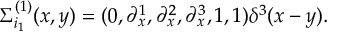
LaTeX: \Sigma _ { i _ { 1 } } ^ { ( 1 ) } ( x , y ) = ( 0 , \partial _ { x } ^ { 1 } , \partial _ { x } ^ { 2 } , \partial _ { x } ^ { 3 } , 1 , 1 ) \delta ^ { 3 } ( x - y ) .